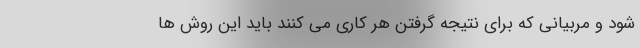
شود و مربیانی که برای نتیجه گرفتن هر کاری می کنند باید این روش ها